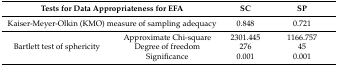
<table><thead><tr><td colspan="2"><b>Tests for Data Appropriateness for EFA</b></td><td><b>SC</b></td><td><b>SP</b></td></tr></thead><tbody><tr><td colspan="2">Kaiser-Meyer-Olkin (KMO) measure of sampling adequacy</td><td>0.848</td><td>0.721</td></tr><tr><td rowspan="3">Bartlett test of sphericity</td><td>Approximate Chi-square</td><td>2301.445</td><td>1166.757</td></tr><tr><td>Degree of freedom</td><td>276</td><td>45</td></tr><tr><td>Significance</td><td>0.001</td><td>0.001</td></tr></tbody></table>